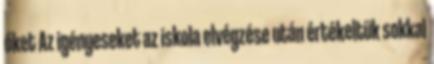
őket Az igényeseket az iskola elvégzése után értékeltük sokkal